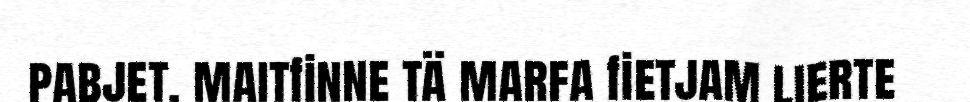
pabjet, maitfinne tä marfa fietjam lierte